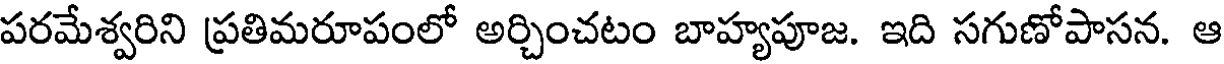
పరమేశ్వరిని ప్రతిమరూపంలో అర్చించటం బాహ్యపూజ. ఇది సగుణోపాసన. ఆ